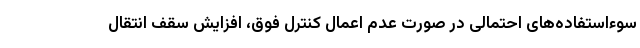
سوء‌استفاده‌های احتمالی در صورت عدم اعمال کنترل فوق، افزایش سقف انتقال